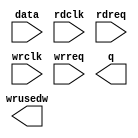
// megafunction wizard: %FIFO%VBB%
// GENERATION: STANDARD
// VERSION: WM1.0
// MODULE: dcfifo_mixed_widths 

// ============================================================
// Megafunction Name(s):
// 			dcfifo_mixed_widths
//
// Simulation Library Files(s):
// 			
// ============================================================
// ************************************************************
// THIS IS A WIZARD-GENERATED FILE. DO NOT EDIT THIS FILE!
//
// 20.1.1 Build 720 11/11/2020 SJ Lite Edition
// ************************************************************

//Copyright (C) 2020  Intel Corporation. All rights reserved.
//Your use of Intel Corporation's design tools, logic functions 
//and other software and tools, and any partner logic 
//functions, and any output files from any of the foregoing 
//(including device programming or simulation files), and any 
//associated documentation or information are expressly subject 
//to the terms and conditions of the Intel Program License 
//Subscription Agreement, the Intel Quartus Prime License Agreement,
//the Intel FPGA IP License Agreement, or other applicable license
//agreement, including, without limitation, that your use is for
//the sole purpose of programming logic devices manufactured by
//Intel and sold by Intel or its authorized distributors.  Please
//refer to the applicable agreement for further details, at
//https://fpgasoftware.intel.com/eula.

module fifo (
	data,
	rdclk,
	rdreq,
	wrclk,
	wrreq,
	q,
	wrusedw);

	input	[31:0]  data;
	input	  rdclk;
	input	  rdreq;
	input	  wrclk;
	input	  wrreq;
	output	[7:0]  q;
	output	[9:0]  wrusedw;

endmodule

// ============================================================
// CNX file retrieval info
// ============================================================
// Retrieval info: PRIVATE: AlmostEmpty NUMERIC "0"
// Retrieval info: PRIVATE: AlmostEmptyThr NUMERIC "-1"
// Retrieval info: PRIVATE: AlmostFull NUMERIC "0"
// Retrieval info: PRIVATE: AlmostFullThr NUMERIC "-1"
// Retrieval info: PRIVATE: CLOCKS_ARE_SYNCHRONIZED NUMERIC "0"
// Retrieval info: PRIVATE: Clock NUMERIC "4"
// Retrieval info: PRIVATE: Depth NUMERIC "1024"
// Retrieval info: PRIVATE: Empty NUMERIC "1"
// Retrieval info: PRIVATE: Full NUMERIC "1"
// Retrieval info: PRIVATE: INTENDED_DEVICE_FAMILY STRING "Cyclone IV E"
// Retrieval info: PRIVATE: LE_BasedFIFO NUMERIC "0"
// Retrieval info: PRIVATE: LegacyRREQ NUMERIC "0"
// Retrieval info: PRIVATE: MAX_DEPTH_BY_9 NUMERIC "0"
// Retrieval info: PRIVATE: OVERFLOW_CHECKING NUMERIC "0"
// Retrieval info: PRIVATE: Optimize NUMERIC "2"
// Retrieval info: PRIVATE: RAM_BLOCK_TYPE NUMERIC "0"
// Retrieval info: PRIVATE: SYNTH_WRAPPER_GEN_POSTFIX STRING "0"
// Retrieval info: PRIVATE: UNDERFLOW_CHECKING NUMERIC "0"
// Retrieval info: PRIVATE: UsedW NUMERIC "1"
// Retrieval info: PRIVATE: Width NUMERIC "32"
// Retrieval info: PRIVATE: dc_aclr NUMERIC "0"
// Retrieval info: PRIVATE: diff_widths NUMERIC "1"
// Retrieval info: PRIVATE: msb_usedw NUMERIC "0"
// Retrieval info: PRIVATE: output_width NUMERIC "8"
// Retrieval info: PRIVATE: rsEmpty NUMERIC "0"
// Retrieval info: PRIVATE: rsFull NUMERIC "0"
// Retrieval info: PRIVATE: rsUsedW NUMERIC "0"
// Retrieval info: PRIVATE: sc_aclr NUMERIC "0"
// Retrieval info: PRIVATE: sc_sclr NUMERIC "0"
// Retrieval info: PRIVATE: wsEmpty NUMERIC "0"
// Retrieval info: PRIVATE: wsFull NUMERIC "0"
// Retrieval info: PRIVATE: wsUsedW NUMERIC "1"
// Retrieval info: LIBRARY: altera_mf altera_mf.altera_mf_components.all
// Retrieval info: CONSTANT: INTENDED_DEVICE_FAMILY STRING "Cyclone IV E"
// Retrieval info: CONSTANT: LPM_NUMWORDS NUMERIC "1024"
// Retrieval info: CONSTANT: LPM_SHOWAHEAD STRING "ON"
// Retrieval info: CONSTANT: LPM_TYPE STRING "dcfifo_mixed_widths"
// Retrieval info: CONSTANT: LPM_WIDTH NUMERIC "32"
// Retrieval info: CONSTANT: LPM_WIDTHU NUMERIC "10"
// Retrieval info: CONSTANT: LPM_WIDTHU_R NUMERIC "12"
// Retrieval info: CONSTANT: LPM_WIDTH_R NUMERIC "8"
// Retrieval info: CONSTANT: OVERFLOW_CHECKING STRING "ON"
// Retrieval info: CONSTANT: RDSYNC_DELAYPIPE NUMERIC "5"
// Retrieval info: CONSTANT: UNDERFLOW_CHECKING STRING "ON"
// Retrieval info: CONSTANT: USE_EAB STRING "ON"
// Retrieval info: CONSTANT: WRSYNC_DELAYPIPE NUMERIC "5"
// Retrieval info: USED_PORT: data 0 0 32 0 INPUT NODEFVAL "data[31..0]"
// Retrieval info: USED_PORT: q 0 0 8 0 OUTPUT NODEFVAL "q[7..0]"
// Retrieval info: USED_PORT: rdclk 0 0 0 0 INPUT NODEFVAL "rdclk"
// Retrieval info: USED_PORT: rdreq 0 0 0 0 INPUT NODEFVAL "rdreq"
// Retrieval info: USED_PORT: wrclk 0 0 0 0 INPUT NODEFVAL "wrclk"
// Retrieval info: USED_PORT: wrreq 0 0 0 0 INPUT NODEFVAL "wrreq"
// Retrieval info: USED_PORT: wrusedw 0 0 10 0 OUTPUT NODEFVAL "wrusedw[9..0]"
// Retrieval info: CONNECT: @data 0 0 32 0 data 0 0 32 0
// Retrieval info: CONNECT: @rdclk 0 0 0 0 rdclk 0 0 0 0
// Retrieval info: CONNECT: @rdreq 0 0 0 0 rdreq 0 0 0 0
// Retrieval info: CONNECT: @wrclk 0 0 0 0 wrclk 0 0 0 0
// Retrieval info: CONNECT: @wrreq 0 0 0 0 wrreq 0 0 0 0
// Retrieval info: CONNECT: q 0 0 8 0 @q 0 0 8 0
// Retrieval info: CONNECT: wrusedw 0 0 10 0 @wrusedw 0 0 10 0
// Retrieval info: GEN_FILE: TYPE_NORMAL fifo.v TRUE
// Retrieval info: GEN_FILE: TYPE_NORMAL fifo.inc FALSE
// Retrieval info: GEN_FILE: TYPE_NORMAL fifo.cmp FALSE
// Retrieval info: GEN_FILE: TYPE_NORMAL fifo.bsf FALSE
// Retrieval info: GEN_FILE: TYPE_NORMAL fifo_inst.v FALSE
// Retrieval info: GEN_FILE: TYPE_NORMAL fifo_bb.v TRUE